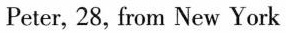
Peter, 28, from New York